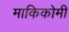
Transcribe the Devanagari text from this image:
माकिकोमी